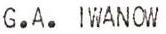
G.A. IWANOW